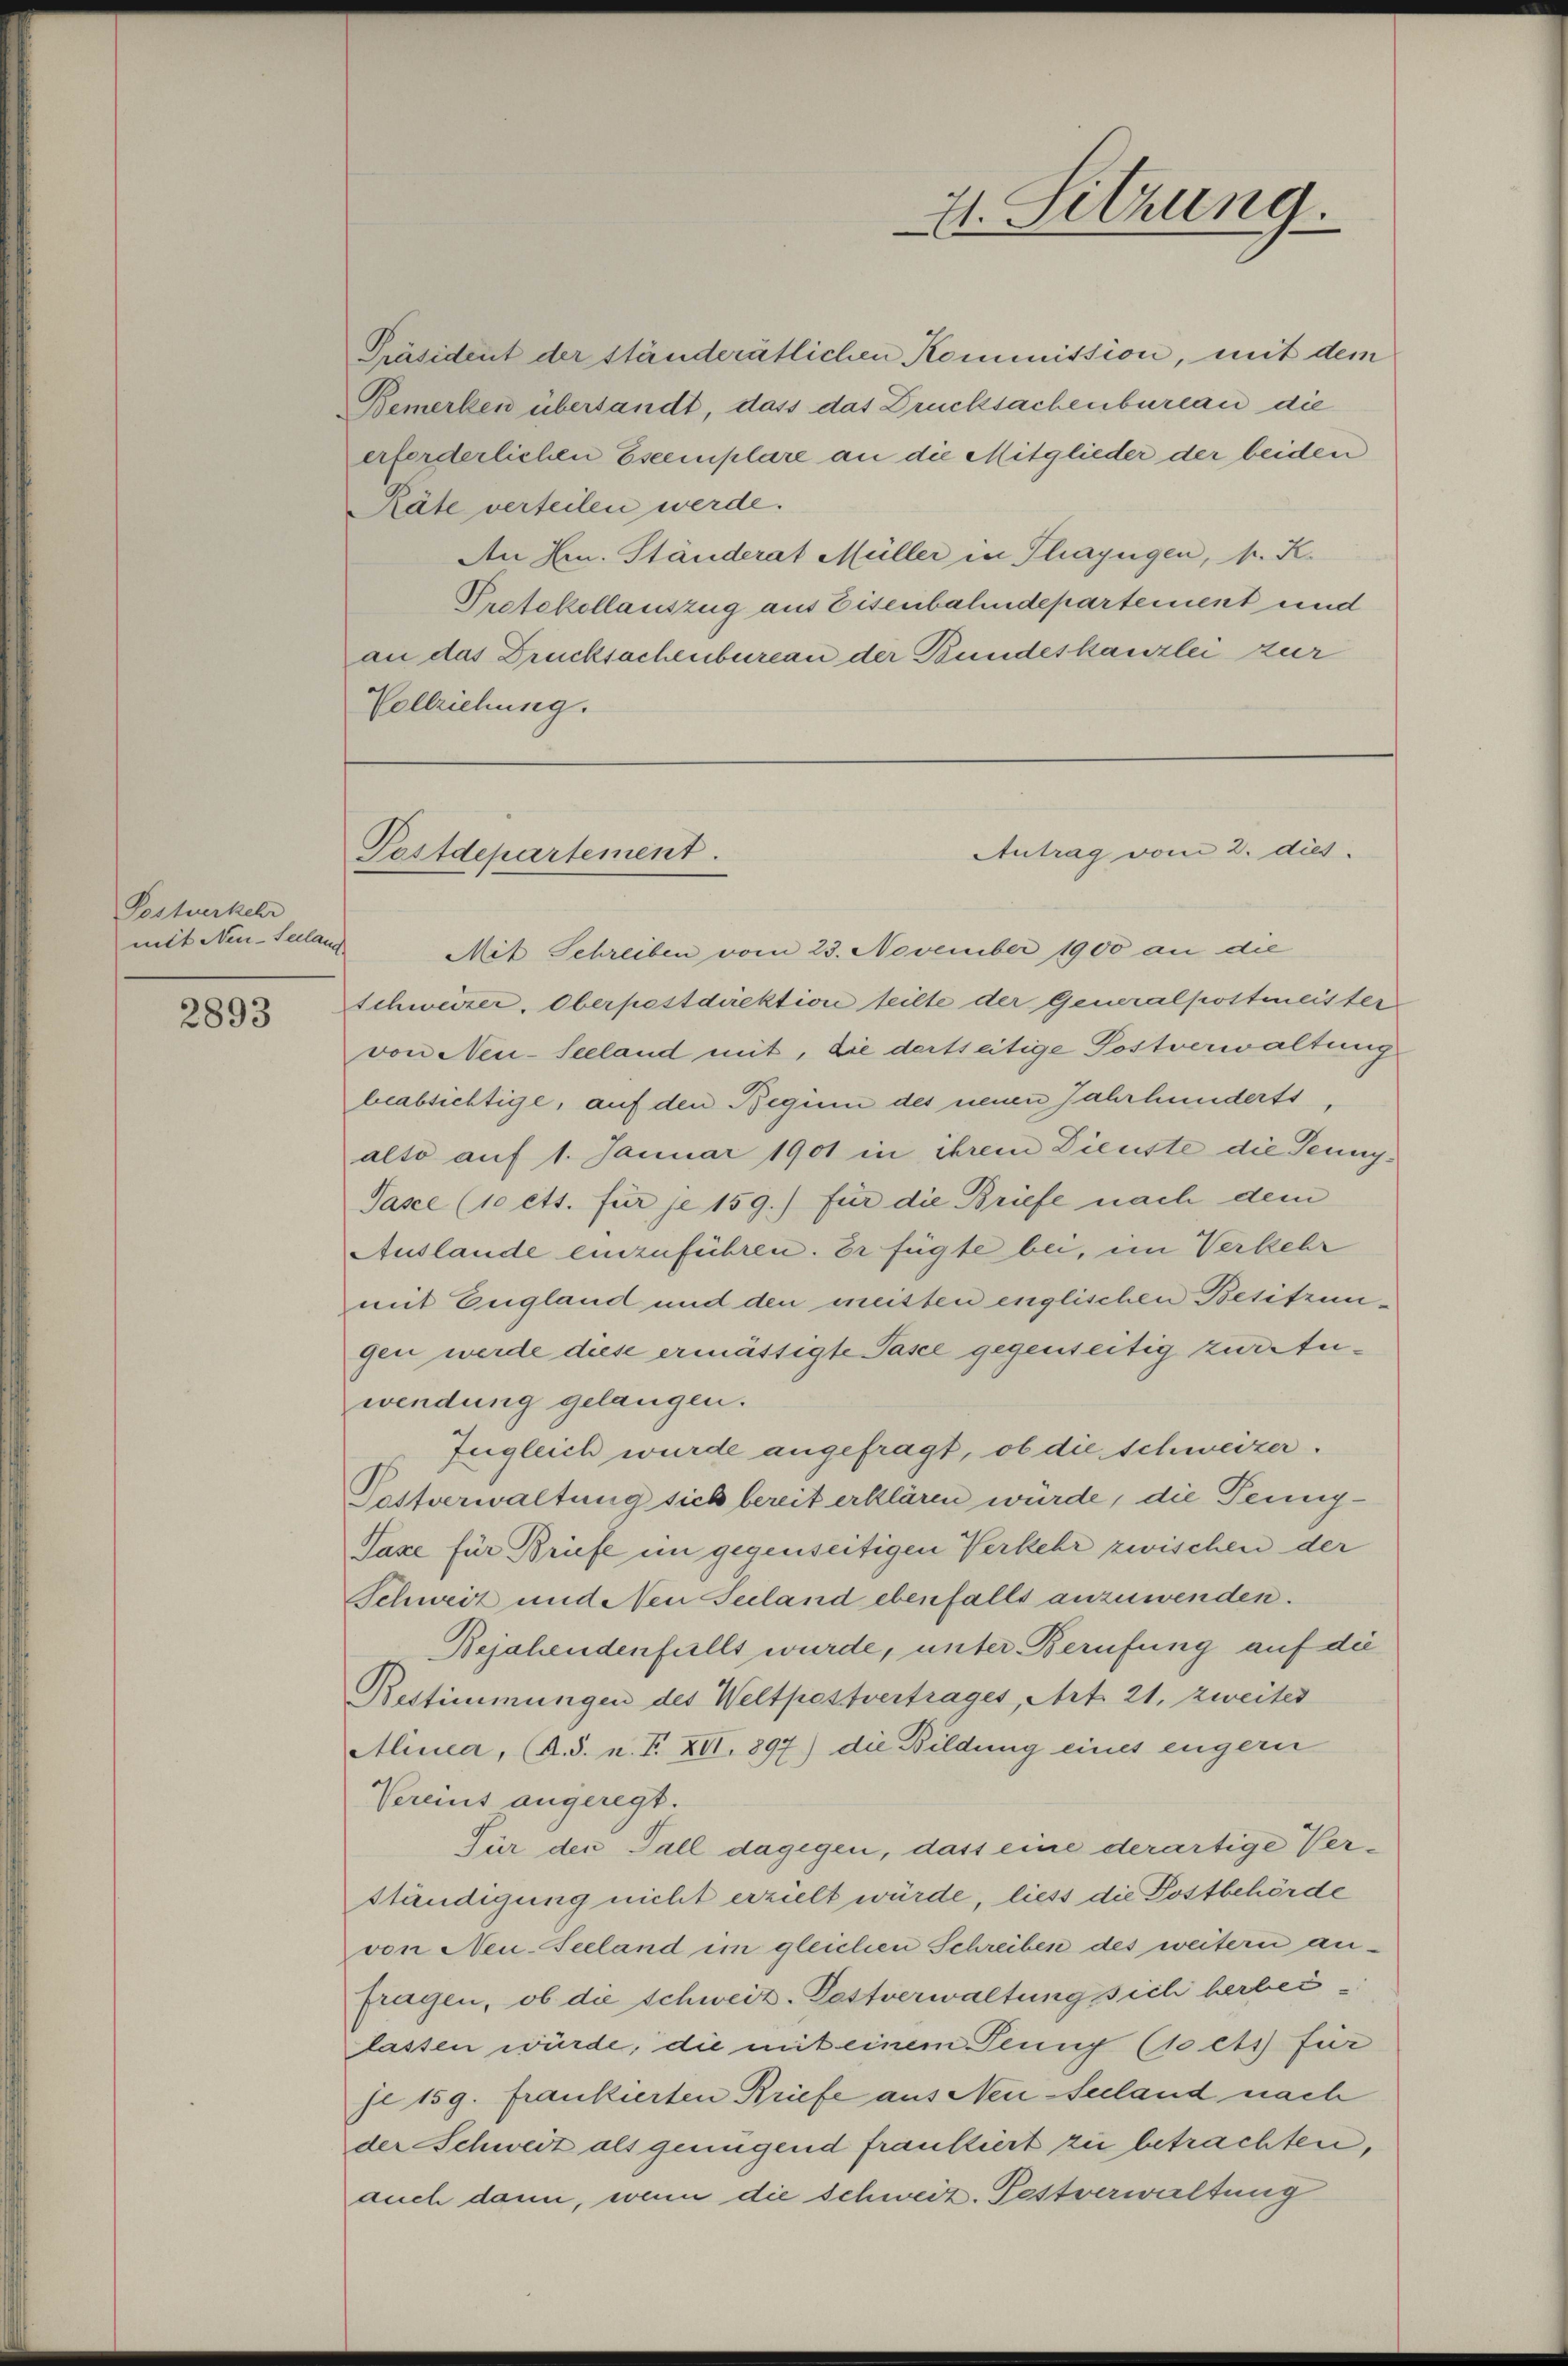
Postverkehr
mit Neu-Sulanz

2893

41. Sitzung.

Bemerken übersandt, dass das Drucksachenbureau die
erforderlichen Eseemplare an die Mitglieder der beiden
Räte verteilen werde.
An Hr. Ständerat Müller in Thajugen, s. K.
Protokollauszug aus Eisenbahndepartement und
an das Drucksachenbureau der Bundeskanzlei zur
Vollziehung.

Antrag vom 2. dies
Postdepartement.

Mit Schreiben vom 23. November 1900 an die
Schweizer, Oberpostdirektion teilte der Generalpostmeister
von Neu-Seeland mit, die dortseitige Postverwaltung
beabsichtige, auf den Begum des neuen Jahrhunderts
alto auf 1. Januar 1901 in ihrem Dienste die Teung¬
Pasce (10 cts. für je 159.) für die Briefe nach dem
Auslande einzuführen. Er fügte bei, im Verkehr
mit England und den meisten englischen Besitzungen werde diese ermässigte Pasce gegenseitig zur tuwendung gelangen.
Ingleich wurde angefragt, ob die Schweizer.
Postverwaltung sich bereit erklären würde, die Teung¬
Taxe für Briefe im gegenseitigen Verkehr zwischen der
Schweiz und den Seeland ebenfalls anzuwenden.
Bejahendenfallt wurde, unter Berufung auf die
Bestimmungen des Weltpestvertrages, Art. 21, zweiter
Alinea, (A. S. n. F. XVI. 897) die Bildung eines engern
Vereins angeregt.
Für den Fall dagegen, dass eine derartige Verständigung nicht erzielt würde, liess die Postbehörde
von Neu-Seeland im gleichen Schreiben des weitern anfragen, ob die schweiz-Pestverwaltung sich herbei
lassen würde, die mit einem Teung (10 ets) für
se 159. frankierten Briefe aus Neu-Scland nach
der Schweit als genügend fraultiert zu betrachten,
auch dann, wenn die Schweiz. Pestverwaltung

Präsident der ständerätlichen Kommission, mit dem